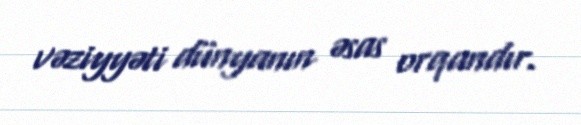
vəziyyəti dünyanın əsas orqandır.